system: You are a helpful assistant.
user:
Analyze the provided spectrum to determine if it is a **Carbon Star (C-type)**.

- **Key Visual Indicators of Carbon Star:**
    - **(Primary):** Strong molecular absorption from **C₂ (diatomic carbon) "Swan Bands."** This is the **defining feature** of a carbon star.
        - **(Key Bandheads):** Sharp absorption edges are visible at approximately $5635$ Å, $5165$ Å (the strongest band), and $4737$ Å.
        - **(Line Profile):** Creates a distinct **"saw-tooth"** pattern. The key morphology is a sharp, steep bandhead on the **red (long-wavelength) side**, which then gradually tapers off (i.e., flux recovers) towards the **blue (short-wavelength) side**. *(This is the direct opposite of the TiO bands seen in M-type stars)*.

    - **(Secondary):** Intense **CN (cyanogen)** molecular absorption bands.
        - **(Key Bandheads):** Located in the blue and violet regions of the spectrum (e.g., near $4215$ Å and $3883$ Å).
        - **(Morphology):** These bands are extremely broad and act as a "blanket," absorbing the vast majority of blue and violet light. This creates a characteristic **"cliff"** or **"steep drop-off"** in the spectrum's flux at short wavelengths.

    - **(Key Confirmation):** Strong **CH absorption band (G-band)**.
        - **(Key Bandhead):** Located around $4300$ Å. The contribution from CH molecules to this band is exceptionally strong.

    - **(Overall Spectrum):**
        - The continuum is severely "chopped up" by these deep molecular bands, especially C₂, rather than appearing as a smooth curve.
        - Due to the heavy CN and C₂ absorption in the blue-green, the vast majority of the star's flux is concentrated in the red part of the spectrum, giving the star its characteristic deep red color.

Think first, call **spectral_visualization_tool** if needed to examine features in detail, then provide your final answer. Your response must adhere to the following strict rules:
1.  **Overall Structure:** Your response must follow the format `<think>...</think> <tool_call>...</tool_call> (if a tool is used) <answer>...</answer>`.
2.  **Tool Usage Constraint:** You may only make **one** tool call per turn.
3.  **Final Answer Format:** In the `<answer>` tag, your conclusion must be inside a `\boxed{}` command (e.g., `\boxed{YES}`), followed by your justification.

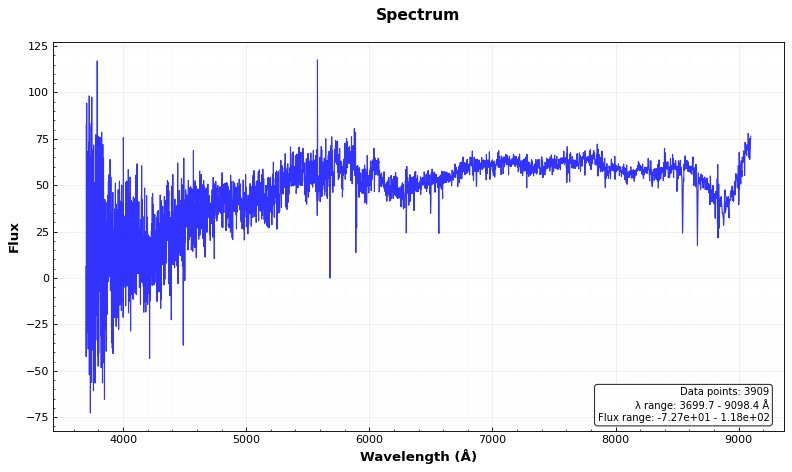
Answer: NO